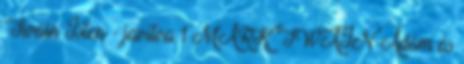
Twain Isten - javítva 1 MARK TWAIN Ádám és